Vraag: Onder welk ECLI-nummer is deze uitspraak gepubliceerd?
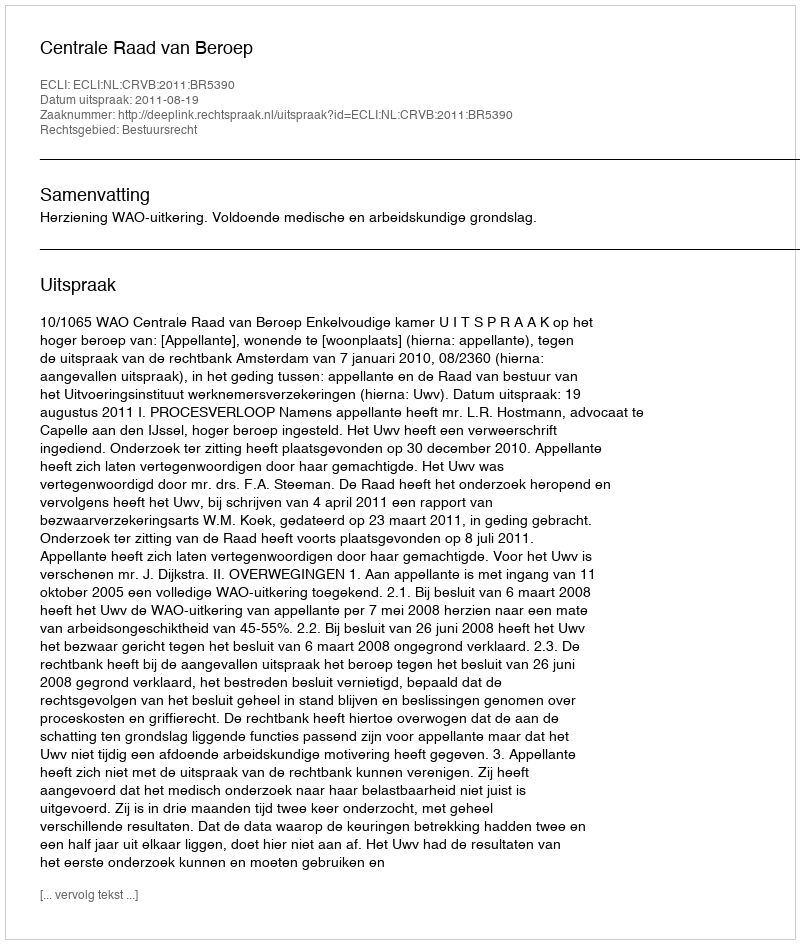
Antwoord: ECLI:NL:CRVB:2011:BR5390